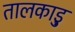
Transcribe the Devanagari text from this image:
तालकाड़ु